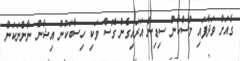
ގެއަށް ވަދެފައި މުސްކާން ސިޑިން އަރައިގެން ގޮސް ވަކި ހިސާބަކުން އިޝާން ނާންނަކަން